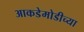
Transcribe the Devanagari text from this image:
आकडेमोडीच्या